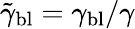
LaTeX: \tilde{\gamma}_{\mathrm{bl}}=\gamma_{\mathrm{bl}}/\gamma